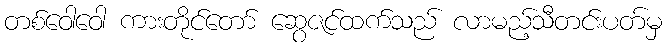
တစ်ဝေါဝေါ ကားတိုင်တော် ဆွေဇင်ထက်သည် လာမည့်သီတင်းပတ်မှ